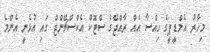
މިހާރު އެމްޑީޕީގެ ހިއްސާ އެއް ރާއްޖޭގެ ސްޓޮކް އެކްސްޗޭންޖް ގައި އުޅެނީ އެންމެ